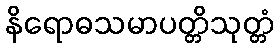
နိရောဓသမာပတ္တိသုတ္တံ